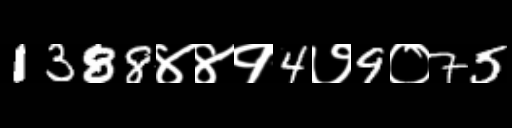
Text: 1388४४१4७9०75